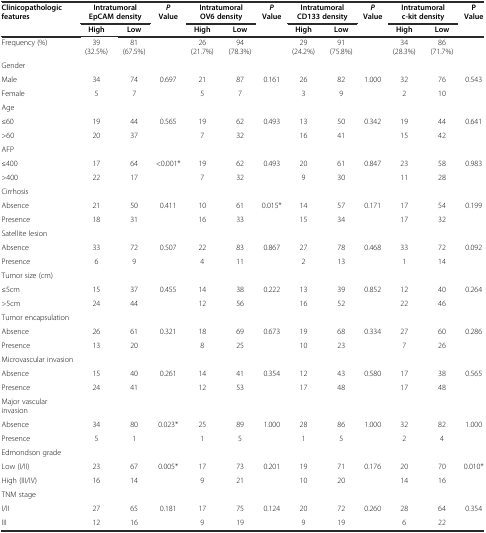
<table><thead><tr><td rowspan="2"><b>Clinicopathologic features</b></td><td colspan="2"><b>Intratumoral EpCAM density</b></td><td rowspan="2"><b><i>P</i>Value</b></td><td colspan="2"><b>Intratumoral OV6 density</b></td><td rowspan="2"><b><i>P</i>Value</b></td><td colspan="2"><b>Intratumoral CD133 density</b></td><td rowspan="2"><b><i>P</i>Value</b></td><td colspan="2"><b>Intratumoral c-kit density</b></td><td rowspan="2"><b>P Value</b></td></tr><tr><td><b>High</b></td><td><b>Low</b></td><td><b>High</b></td><td><b>Low</b></td><td><b>High</b></td><td><b>Low</b></td><td><b>High</b></td><td><b>Low</b></td></tr></thead><tbody><tr><td>Frequency (%)</td><td>39 (32.5%)</td><td>81 (67.5%)</td><td></td><td>26 (21.7%)</td><td>94 (78.3%)</td><td></td><td>29 (24.2%)</td><td>91 (75.8%)</td><td></td><td>34 (28.3%)</td><td>86 (71.7%)</td><td></td></tr><tr><td>Gender</td><td></td><td></td><td></td><td></td><td></td><td></td><td></td><td></td><td></td><td></td><td></td><td></td></tr><tr><td>Male</td><td>34</td><td>74</td><td>0.697</td><td>21</td><td>87</td><td>0.161</td><td>26</td><td>82</td><td>1.000</td><td>32</td><td>76</td><td>0.543</td></tr><tr><td>Female</td><td>5</td><td>7</td><td></td><td>5</td><td>7</td><td></td><td>3</td><td>9</td><td></td><td>2</td><td>10</td><td></td></tr><tr><td>Age</td><td></td><td></td><td></td><td></td><td></td><td></td><td></td><td></td><td></td><td></td><td></td><td></td></tr><tr><td>≤60</td><td>19</td><td>44</td><td>0.565</td><td>19</td><td>62</td><td>0.493</td><td>13</td><td>50</td><td>0.342</td><td>19</td><td>44</td><td>0.641</td></tr><tr><td>&gt;60</td><td>20</td><td>37</td><td></td><td>7</td><td>32</td><td></td><td>16</td><td>41</td><td></td><td>15</td><td>42</td><td></td></tr><tr><td>AFP</td><td></td><td></td><td></td><td></td><td></td><td></td><td></td><td></td><td></td><td></td><td></td><td></td></tr><tr><td>≤400</td><td>17</td><td>64</td><td>&lt;0.001*</td><td>19</td><td>62</td><td>0.493</td><td>20</td><td>61</td><td>0.847</td><td>23</td><td>58</td><td>0.983</td></tr><tr><td>&gt;400</td><td>22</td><td>17</td><td></td><td>7</td><td>32</td><td></td><td>9</td><td>30</td><td></td><td>11</td><td>28</td><td></td></tr><tr><td>Cirrhosis</td><td></td><td></td><td></td><td></td><td></td><td></td><td></td><td></td><td></td><td></td><td></td><td></td></tr><tr><td>Absence</td><td>21</td><td>50</td><td>0.411</td><td>10</td><td>61</td><td>0.015*</td><td>14</td><td>57</td><td>0.171</td><td>17</td><td>54</td><td>0.199</td></tr><tr><td>Presence</td><td>18</td><td>31</td><td></td><td>16</td><td>33</td><td></td><td>15</td><td>34</td><td></td><td>17</td><td>32</td><td></td></tr><tr><td>Satellite lesion</td><td></td><td></td><td></td><td></td><td></td><td></td><td></td><td></td><td></td><td></td><td></td><td></td></tr><tr><td>Absence</td><td>33</td><td>72</td><td>0.507</td><td>22</td><td>83</td><td>0.867</td><td>27</td><td>78</td><td>0.468</td><td>33</td><td>72</td><td>0.092</td></tr><tr><td>Presence</td><td>6</td><td>9</td><td></td><td>4</td><td>11</td><td></td><td>2</td><td>13</td><td></td><td>1</td><td>14</td><td></td></tr><tr><td>Tumor size (cm)</td><td></td><td></td><td></td><td></td><td></td><td></td><td></td><td></td><td></td><td></td><td></td><td></td></tr><tr><td>≤5cm</td><td>15</td><td>37</td><td>0.455</td><td>14</td><td>38</td><td>0.222</td><td>13</td><td>39</td><td>0.852</td><td>12</td><td>40</td><td>0.264</td></tr><tr><td>&gt;5cm</td><td>24</td><td>44</td><td></td><td>12</td><td>56</td><td></td><td>16</td><td>52</td><td></td><td>22</td><td>46</td><td></td></tr><tr><td>Tumor encapsulation</td><td></td><td></td><td></td><td></td><td></td><td></td><td></td><td></td><td></td><td></td><td></td><td></td></tr><tr><td>Absence</td><td>26</td><td>61</td><td>0.321</td><td>18</td><td>69</td><td>0.673</td><td>19</td><td>68</td><td>0.334</td><td>27</td><td>60</td><td>0.286</td></tr><tr><td>Presence</td><td>13</td><td>20</td><td></td><td>8</td><td>25</td><td></td><td>10</td><td>23</td><td></td><td>7</td><td>26</td><td></td></tr><tr><td>Microvascular invasion</td><td></td><td></td><td></td><td></td><td></td><td></td><td></td><td></td><td></td><td></td><td></td><td></td></tr><tr><td>Absence</td><td>15</td><td>40</td><td>0.261</td><td>14</td><td>41</td><td>0.354</td><td>12</td><td>43</td><td>0.580</td><td>17</td><td>38</td><td>0.565</td></tr><tr><td>Presence</td><td>24</td><td>41</td><td></td><td>12</td><td>53</td><td></td><td>17</td><td>48</td><td></td><td>17</td><td>48</td><td></td></tr><tr><td>Major vascular invasion</td><td></td><td></td><td></td><td></td><td></td><td></td><td></td><td></td><td></td><td></td><td></td><td></td></tr><tr><td>Absence</td><td>34</td><td>80</td><td>0.023*</td><td>25</td><td>89</td><td>1.000</td><td>28</td><td>86</td><td>1.000</td><td>32</td><td>82</td><td>1.000</td></tr><tr><td>Presence</td><td>5</td><td>1</td><td></td><td>1</td><td>5</td><td></td><td>1</td><td>5</td><td></td><td>2</td><td>4</td><td></td></tr><tr><td>Edmondson grade</td><td></td><td></td><td></td><td></td><td></td><td></td><td></td><td></td><td></td><td></td><td></td><td></td></tr><tr><td>Low (I/II)</td><td>23</td><td>67</td><td>0.005*</td><td>17</td><td>73</td><td>0.201</td><td>19</td><td>71</td><td>0.176</td><td>20</td><td>70</td><td>0.010*</td></tr><tr><td>High (III/IV)</td><td>16</td><td>14</td><td></td><td>9</td><td>21</td><td></td><td>10</td><td>20</td><td></td><td>14</td><td>16</td><td></td></tr><tr><td>TNM stage</td><td></td><td></td><td></td><td></td><td></td><td></td><td></td><td></td><td></td><td></td><td></td><td></td></tr><tr><td>I/II</td><td>27</td><td>65</td><td>0.181</td><td>17</td><td>75</td><td>0.124</td><td>20</td><td>72</td><td>0.260</td><td>28</td><td>64</td><td>0.354</td></tr><tr><td>III</td><td>12</td><td>16</td><td></td><td>9</td><td>19</td><td></td><td>9</td><td>19</td><td></td><td>6</td><td>22</td><td></td></tr></tbody></table>